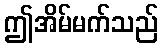
ဤအိမ်မက်သည်